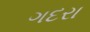
ગદરા